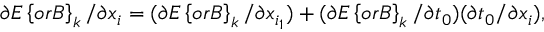
\partial E \left\{ o r B \right\} _ { k } / \partial x _ { i } = ( \partial E \left\{ o r B \right\} _ { k } / \partial x _ { i _ { 1 } } ) + ( \partial E \left\{ o r B \right\} _ { k } / \partial t _ { 0 } ) ( \partial t _ { 0 } / \partial x _ { i } ) ,